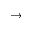
\to